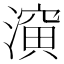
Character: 𰝈